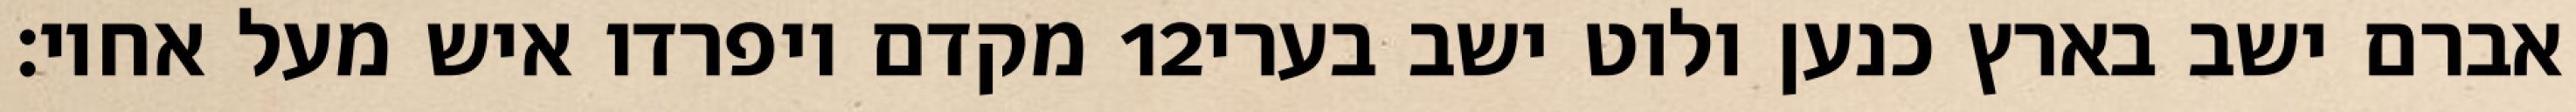
מקדם ויפרדו איש מעל אחיו׃ ‎12‏ אברם ישב בארץ כנען ולוט ישב בערי